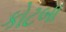
કોટબા